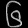
Digit: ၆